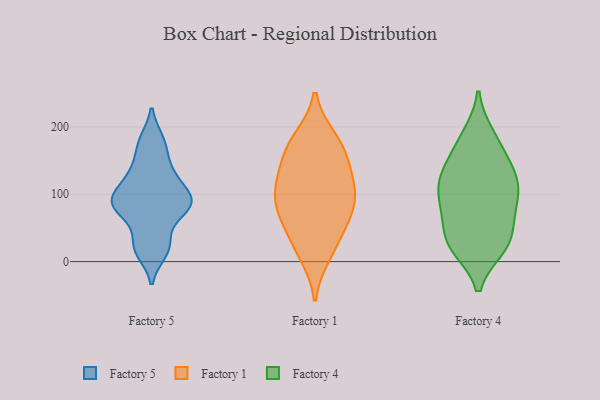
{"axis": {"x": "LTV (USD)", "y": "Value"}, "legend": ["Factory 1", "Factory 4", "Factory 5"], "data": [{"x": "", "y": 88, "type": "Factory 5"}, {"x": "", "y": 120, "type": "Factory 5"}, {"x": "", "y": 73, "type": "Factory 5"}, {"x": "", "y": 98, "type": "Factory 5"}, {"x": "", "y": 25, "type": "Factory 5"}, {"x": "", "y": 17, "type": "Factory 5"}, {"x": "", "y": 131, "type": "Factory 5"}, {"x": "", "y": 14, "type": "Factory 5"}, {"x": "", "y": 85, "type": "Factory 5"}, {"x": "", "y": 179, "type": "Factory 5"}, {"x": "", "y": 79, "type": "Factory 5"}, {"x": "", "y": 84, "type": "Factory 5"}, {"x": "", "y": 158, "type": "Factory 5"}, {"x": "", "y": 105, "type": "Factory 5"}, {"x": "", "y": 180, "type": "Factory 5"}, {"x": "", "y": 93, "type": "Factory 5"}, {"x": "", "y": 33, "type": "Factory 5"}, {"x": "", "y": 77, "type": "Factory 5"}, {"x": "", "y": 132, "type": "Factory 5"}, {"x": "", "y": 10, "type": "Factory 1"}, {"x": "", "y": 79, "type": "Factory 1"}, {"x": "", "y": 108, "type": "Factory 1"}, {"x": "", "y": 104, "type": "Factory 1"}, {"x": "", "y": 152, "type": "Factory 1"}, {"x": "", "y": 45, "type": "Factory 1"}, {"x": "", "y": 170, "type": "Factory 1"}, {"x": "", "y": 64, "type": "Factory 1"}, {"x": "", "y": 177, "type": "Factory 1"}, {"x": "", "y": 123, "type": "Factory 1"}, {"x": "", "y": 93, "type": "Factory 1"}, {"x": "", "y": 183, "type": "Factory 1"}, {"x": "", "y": 74, "type": "Factory 1"}, {"x": "", "y": 134, "type": "Factory 1"}, {"x": "", "y": 20, "type": "Factory 1"}, {"x": "", "y": 84, "type": "Factory 4"}, {"x": "", "y": 55, "type": "Factory 4"}, {"x": "", "y": 21, "type": "Factory 4"}, {"x": "", "y": 188, "type": "Factory 4"}, {"x": "", "y": 110, "type": "Factory 4"}, {"x": "", "y": 144, "type": "Factory 4"}, {"x": "", "y": 77, "type": "Factory 4"}, {"x": "", "y": 135, "type": "Factory 4"}, {"x": "", "y": 31, "type": "Factory 4"}, {"x": "", "y": 184, "type": "Factory 4"}, {"x": "", "y": 21, "type": "Factory 4"}, {"x": "", "y": 121, "type": "Factory 4"}, {"x": "", "y": 24, "type": "Factory 4"}, {"x": "", "y": 31, "type": "Factory 4"}, {"x": "", "y": 128, "type": "Factory 4"}, {"x": "", "y": 164, "type": "Factory 4"}, {"x": "", "y": 101, "type": "Factory 4"}, {"x": "", "y": 74, "type": "Factory 4"}, {"x": "", "y": 108, "type": "Factory 4"}]}